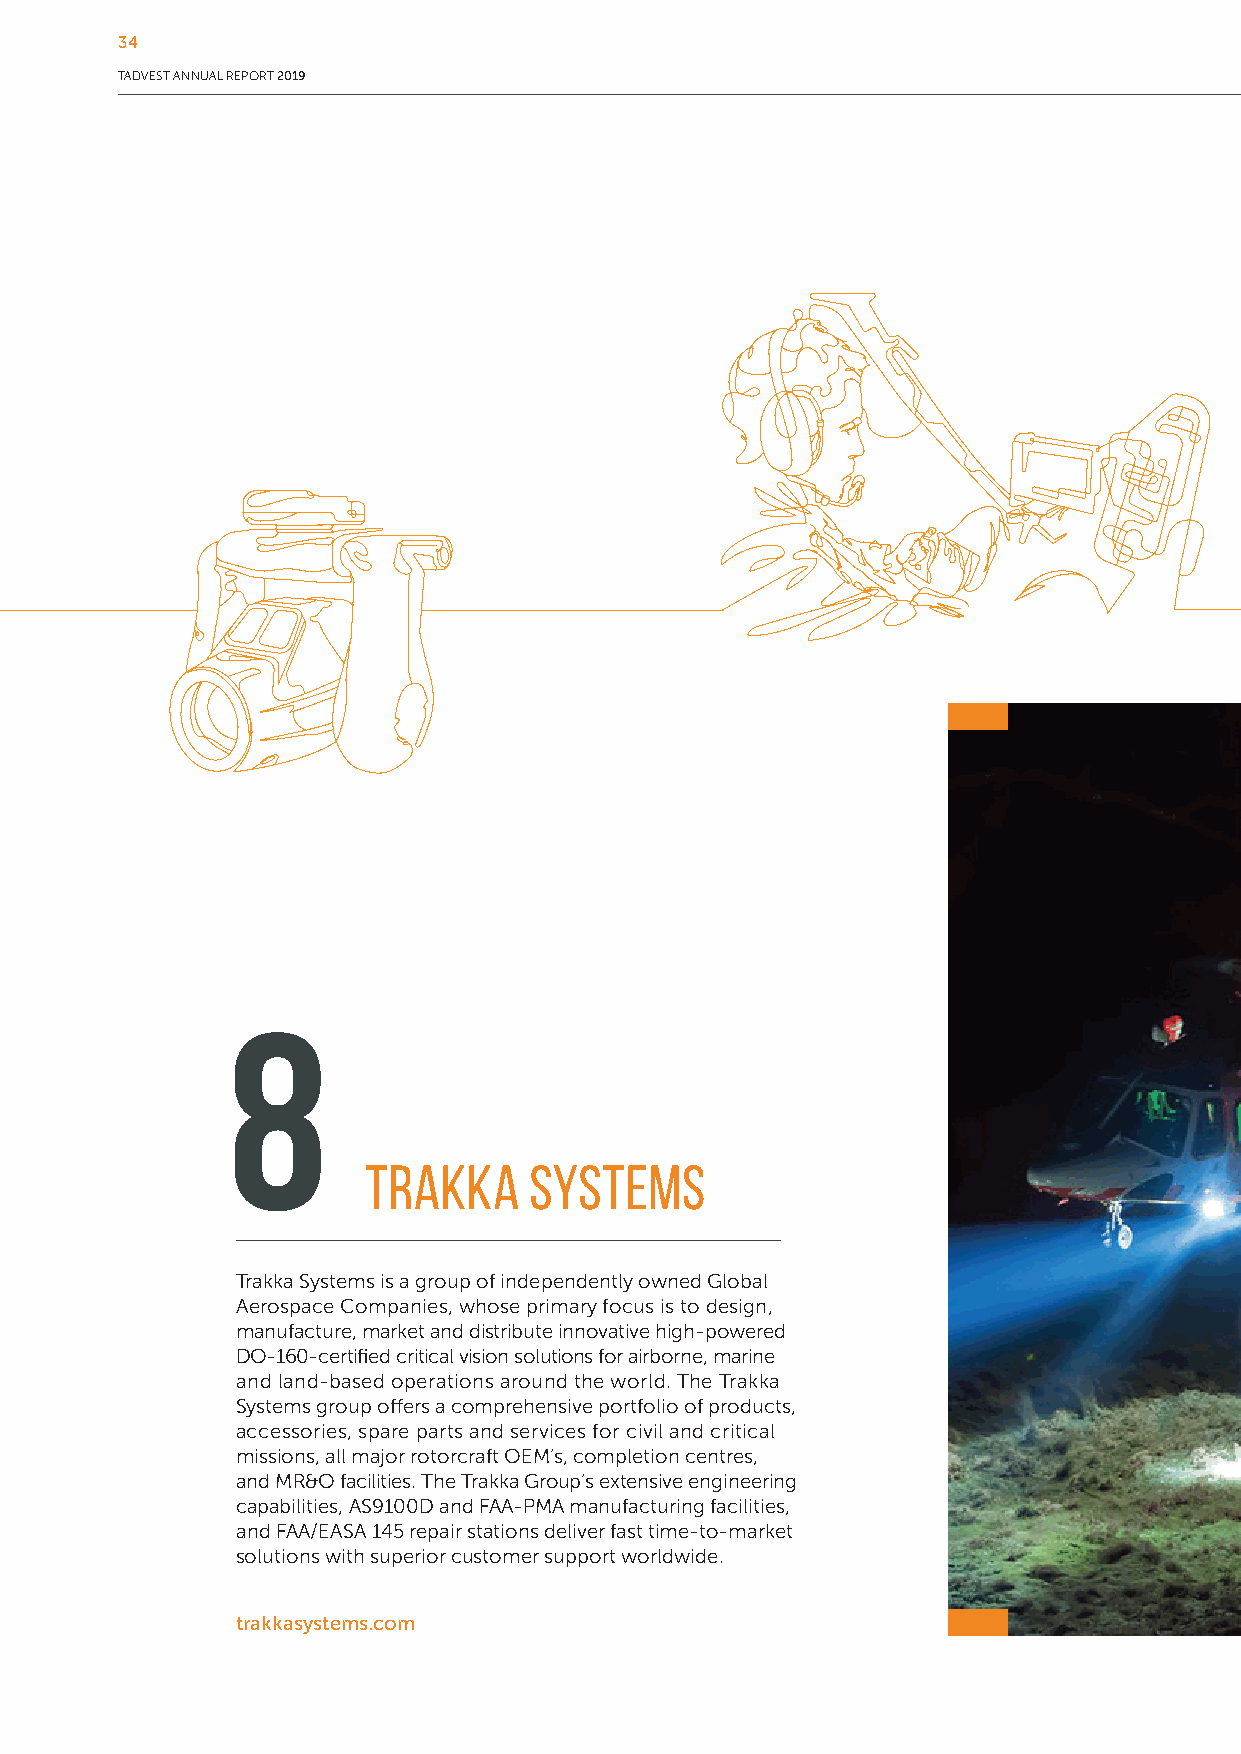
34
 TADVEST ANNUAL REPORT 2019
 8
 TRAKKA     SYSTEMS
 Trakka Systems is a group of independently owned Global
 Aerospace Companies, whose primary focus is to design,
 manufacture, market and distribute innovative high-powered
 DO-160-certified critical vision solutions for airborne, marine
 and land-based operations around the world. The Trakka
 Systems group offers a comprehensive portfolio of products,
 accessories, spare parts and services for civil and critical
 missions, all major rotorcraft OEM’s, completion centres,
 and MR&O facilities. The Trakka Group’s extensive engineering
 capabilities, AS9100D and FAA-PMA manufacturing facilities,
 and FAA/EASA 145 repair stations deliver fast time-to-market
 solutions with superior customer support worldwide.
 trakkasystems.com